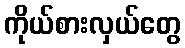
ကိုယ်စားလှယ်တွေ